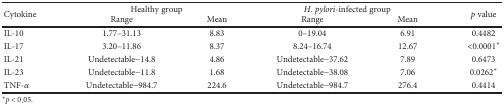
<table><thead><tr><td rowspan="2"><b>Cytokine</b></td><td colspan="2"><b>Healthy group</b></td><td colspan="2"><b><i>H. pylori</i>-infected group</b></td><td rowspan="2"><b><i>p</i> value</b></td></tr><tr><td><b>Range</b></td><td><b>Mean</b></td><td><b>Range</b></td><td><b>Mean</b></td></tr></thead><tbody><tr><td>IL-10</td><td>1.77–31.13</td><td>8.83</td><td>0–19.04</td><td>6.91</td><td>0.4482</td></tr><tr><td>IL-17</td><td>3.20–11.86</td><td>8.37</td><td>8.24–16.74</td><td>12.67</td><td>&lt;0.0001<sup>∗</sup></td></tr><tr><td>IL-21</td><td>Undetectable−14.8</td><td>4.86</td><td>Undetectable−37.62</td><td>7.89</td><td>0.6473</td></tr><tr><td>IL-23</td><td>Undetectable−11.8</td><td>1.68</td><td>Undetectable−38.08</td><td>7.06</td><td>0.0262<sup>∗</sup></td></tr><tr><td>TNF-<i>α</i></td><td>Undetectable−984.7</td><td>224.6</td><td>Undetectable−984.7</td><td>276.4</td><td>0.4414</td></tr></tbody></table>